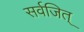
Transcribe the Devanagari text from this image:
सर्वजित्